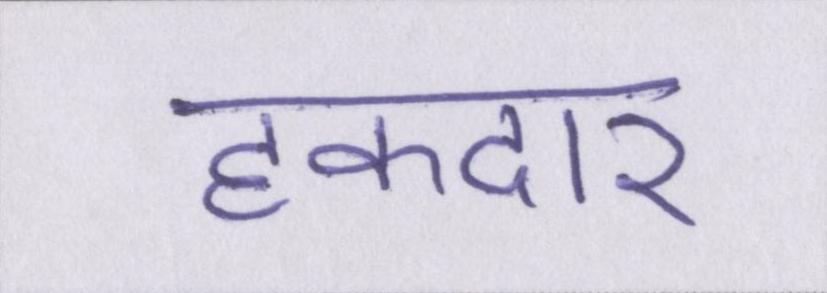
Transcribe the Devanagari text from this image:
हकदार